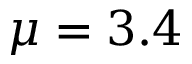
\mu = 3 . 4